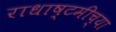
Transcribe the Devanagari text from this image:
राधाष्टमीच्या